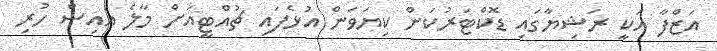
އަޒްފާ އަކީ ރަޝިޔާގައި ޑޮކްޓަރުކަން ކިޔަވަން އުޅެފައި ޗުއްޓީއަށް މާލެ އައިސް ހުރި